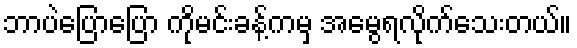
ဘာပဲပြောပြော ကိုမင်းခန့်ကမှ အမွေရလိုက်သေးတယ်။